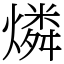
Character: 燐